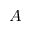
A